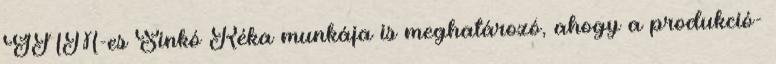
GNM-es Sinkó Réka munkája is meghatározó, ahogy a produkció-